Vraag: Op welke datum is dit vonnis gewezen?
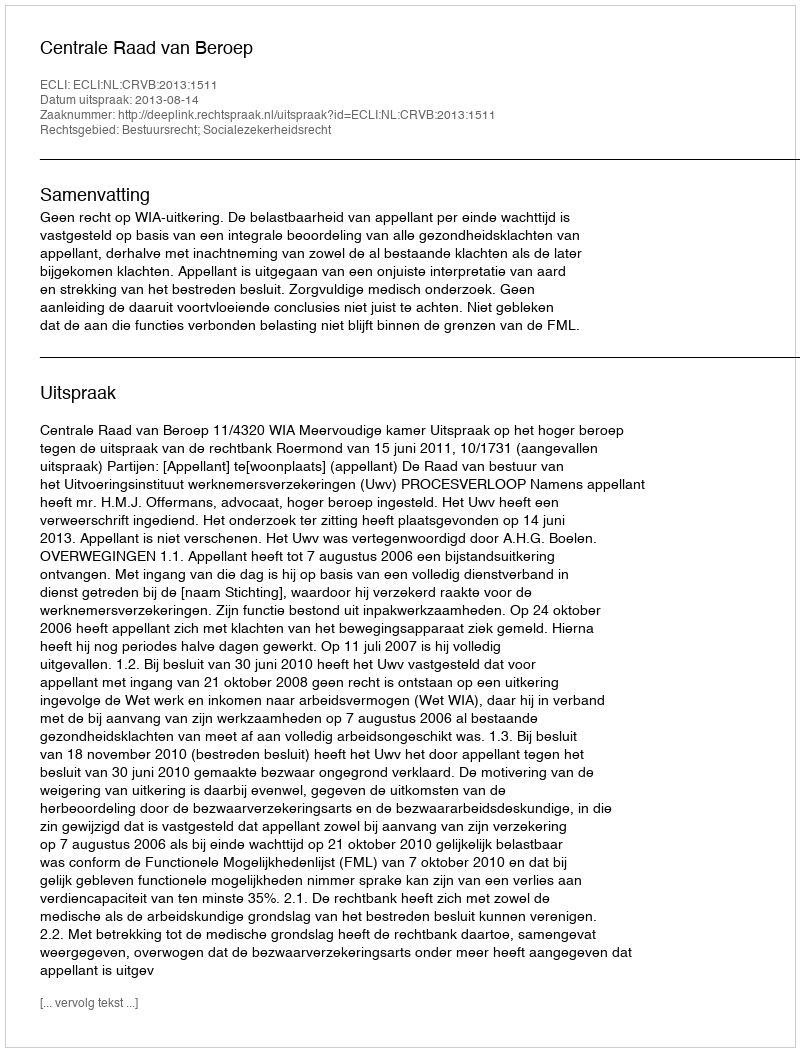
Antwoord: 2013-08-14